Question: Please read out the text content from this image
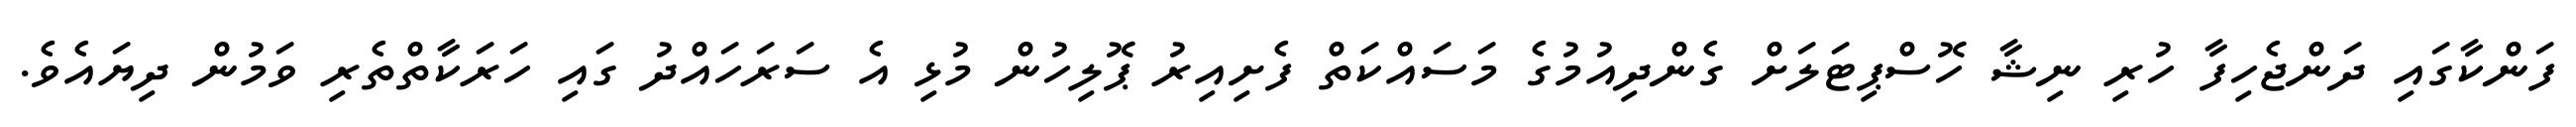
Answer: ފަންކާގައި ދަންޖެހިފާ ހުރި ނިޝާ ހޮސްޕިޓަލަށް ގެންދިއުމުގެ މަސައްކަތް ފެށިއިރު ޕޮލިހުން މުޅި އެ ސަރަހައްދު ގައި ހަރަކާތްތެރި ވަމުން ދިޔައެވެ.